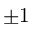
\pm 1